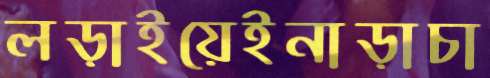
লড়াইয়েইনাড়াচা